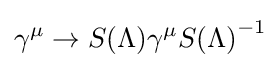
\gamma ^{\mu }\to S(\Lambda )\gamma ^{\mu }{S(\Lambda )}^{-1}